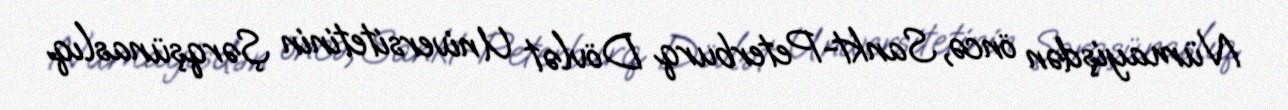
Nümayişdən öncə, Sankt-Peterburq Dövlət Universitetinin Şərqşünaslıq